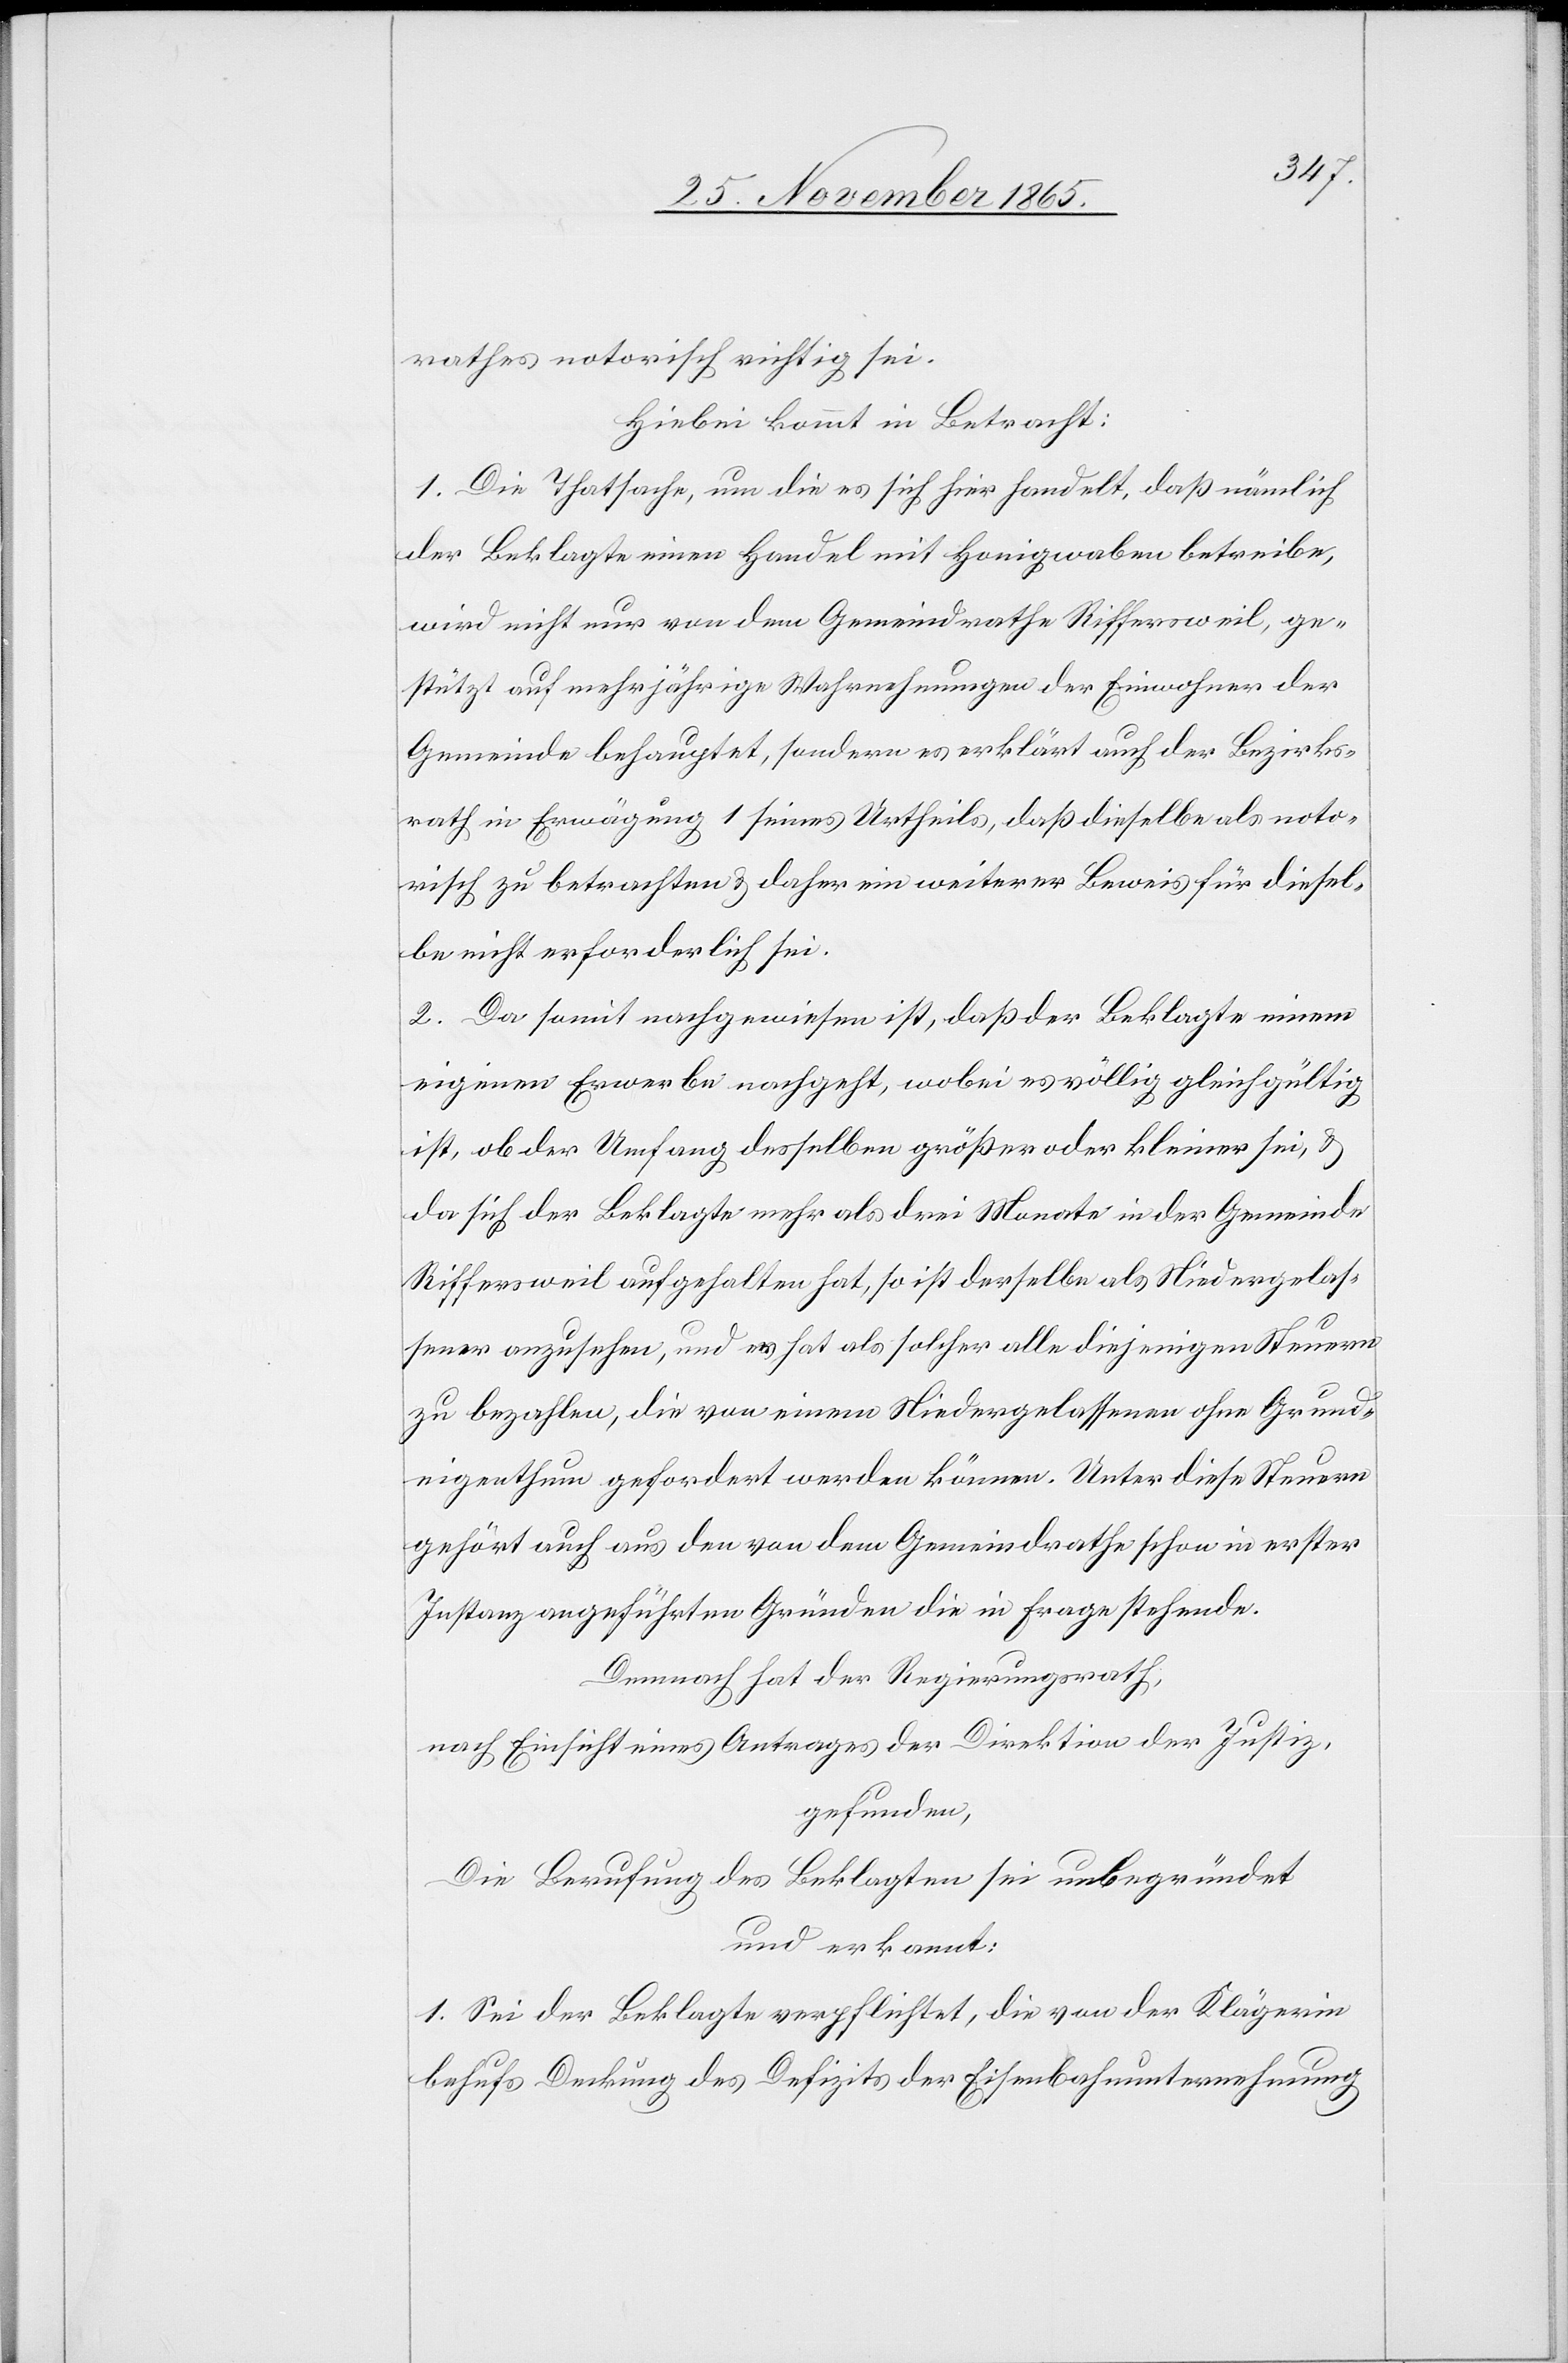
rathes notorisch richtig sei.
Hiebei kommt in Betracht:
1. Die Thatsache, um die es sich hier handelt, daß nämlich
der Beklagte einen Handel mit Honigwaben betreibe,
wird nicht nur von dem Gemeindrathe Riffersweil, ge¬
stützt auf mehrjährige Wahrnehmungen der Einwohner der
Gemeinde behauptet, sondern es erklärt auch der Bezirks¬
rath in Erwägung 1 seines Urtheils, daß dieselbe als noto¬
risch zu betrachten & daher ein weiterer Beweis für diesel¬
be nicht erforderlich sei.
2. Da somit nachgewiesen ist, daß der Beklagte einem
eigenen Erwerb nachgeht, wobei es völlig gleichgültig
ist, ob der Umfang desselben größer oder kleiner sei, &
da sich der Beklagte mehr als drei Monate in der Gemeinde
Riffersweil aufgehalten hat, so ist derselbe als Niedergelas¬
sener anzusehen, und er hat als solcher alle diejenigen Steuern
zu bezahlen, die von einem Niedergelassenen ohne Grund¬
eigenthum gefordert werden können. Unter diese Steuern
gehört auch aus den von dem Gemeindrathe schon in erster
Instanz angeführten Gründen die in Frage stehende.
Demnach hat der Regierungsrath,
nach Einsicht eines Antrages der Direktion der Justiz,
gefunden,
Die Berufung des Beklagten sei unbegründet
und erkannt:
1. Sei der Beklagte verpflichtet, die von der Klägerin
behufs Deckung des Defizites der Eisenbahnunternehmung